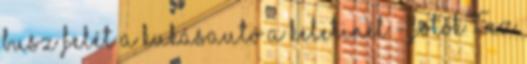
busz felét a kukásautó a Keletinél - fotók 15Ez